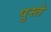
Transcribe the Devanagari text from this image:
पुस्ते